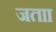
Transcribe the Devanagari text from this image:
जताा